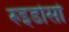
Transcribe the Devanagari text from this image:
रुइडोसो